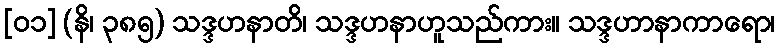
[၀၁] (နိ၊ ၃၈၅) သဒ္ဒဟနာတိ၊ သဒ္ဒဟနာဟူသည်ကား။ သဒ္ဒဟာနာကာရော၊